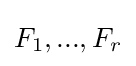
F_{1},...,F_{r}